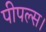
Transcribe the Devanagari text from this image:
पीपल्स।